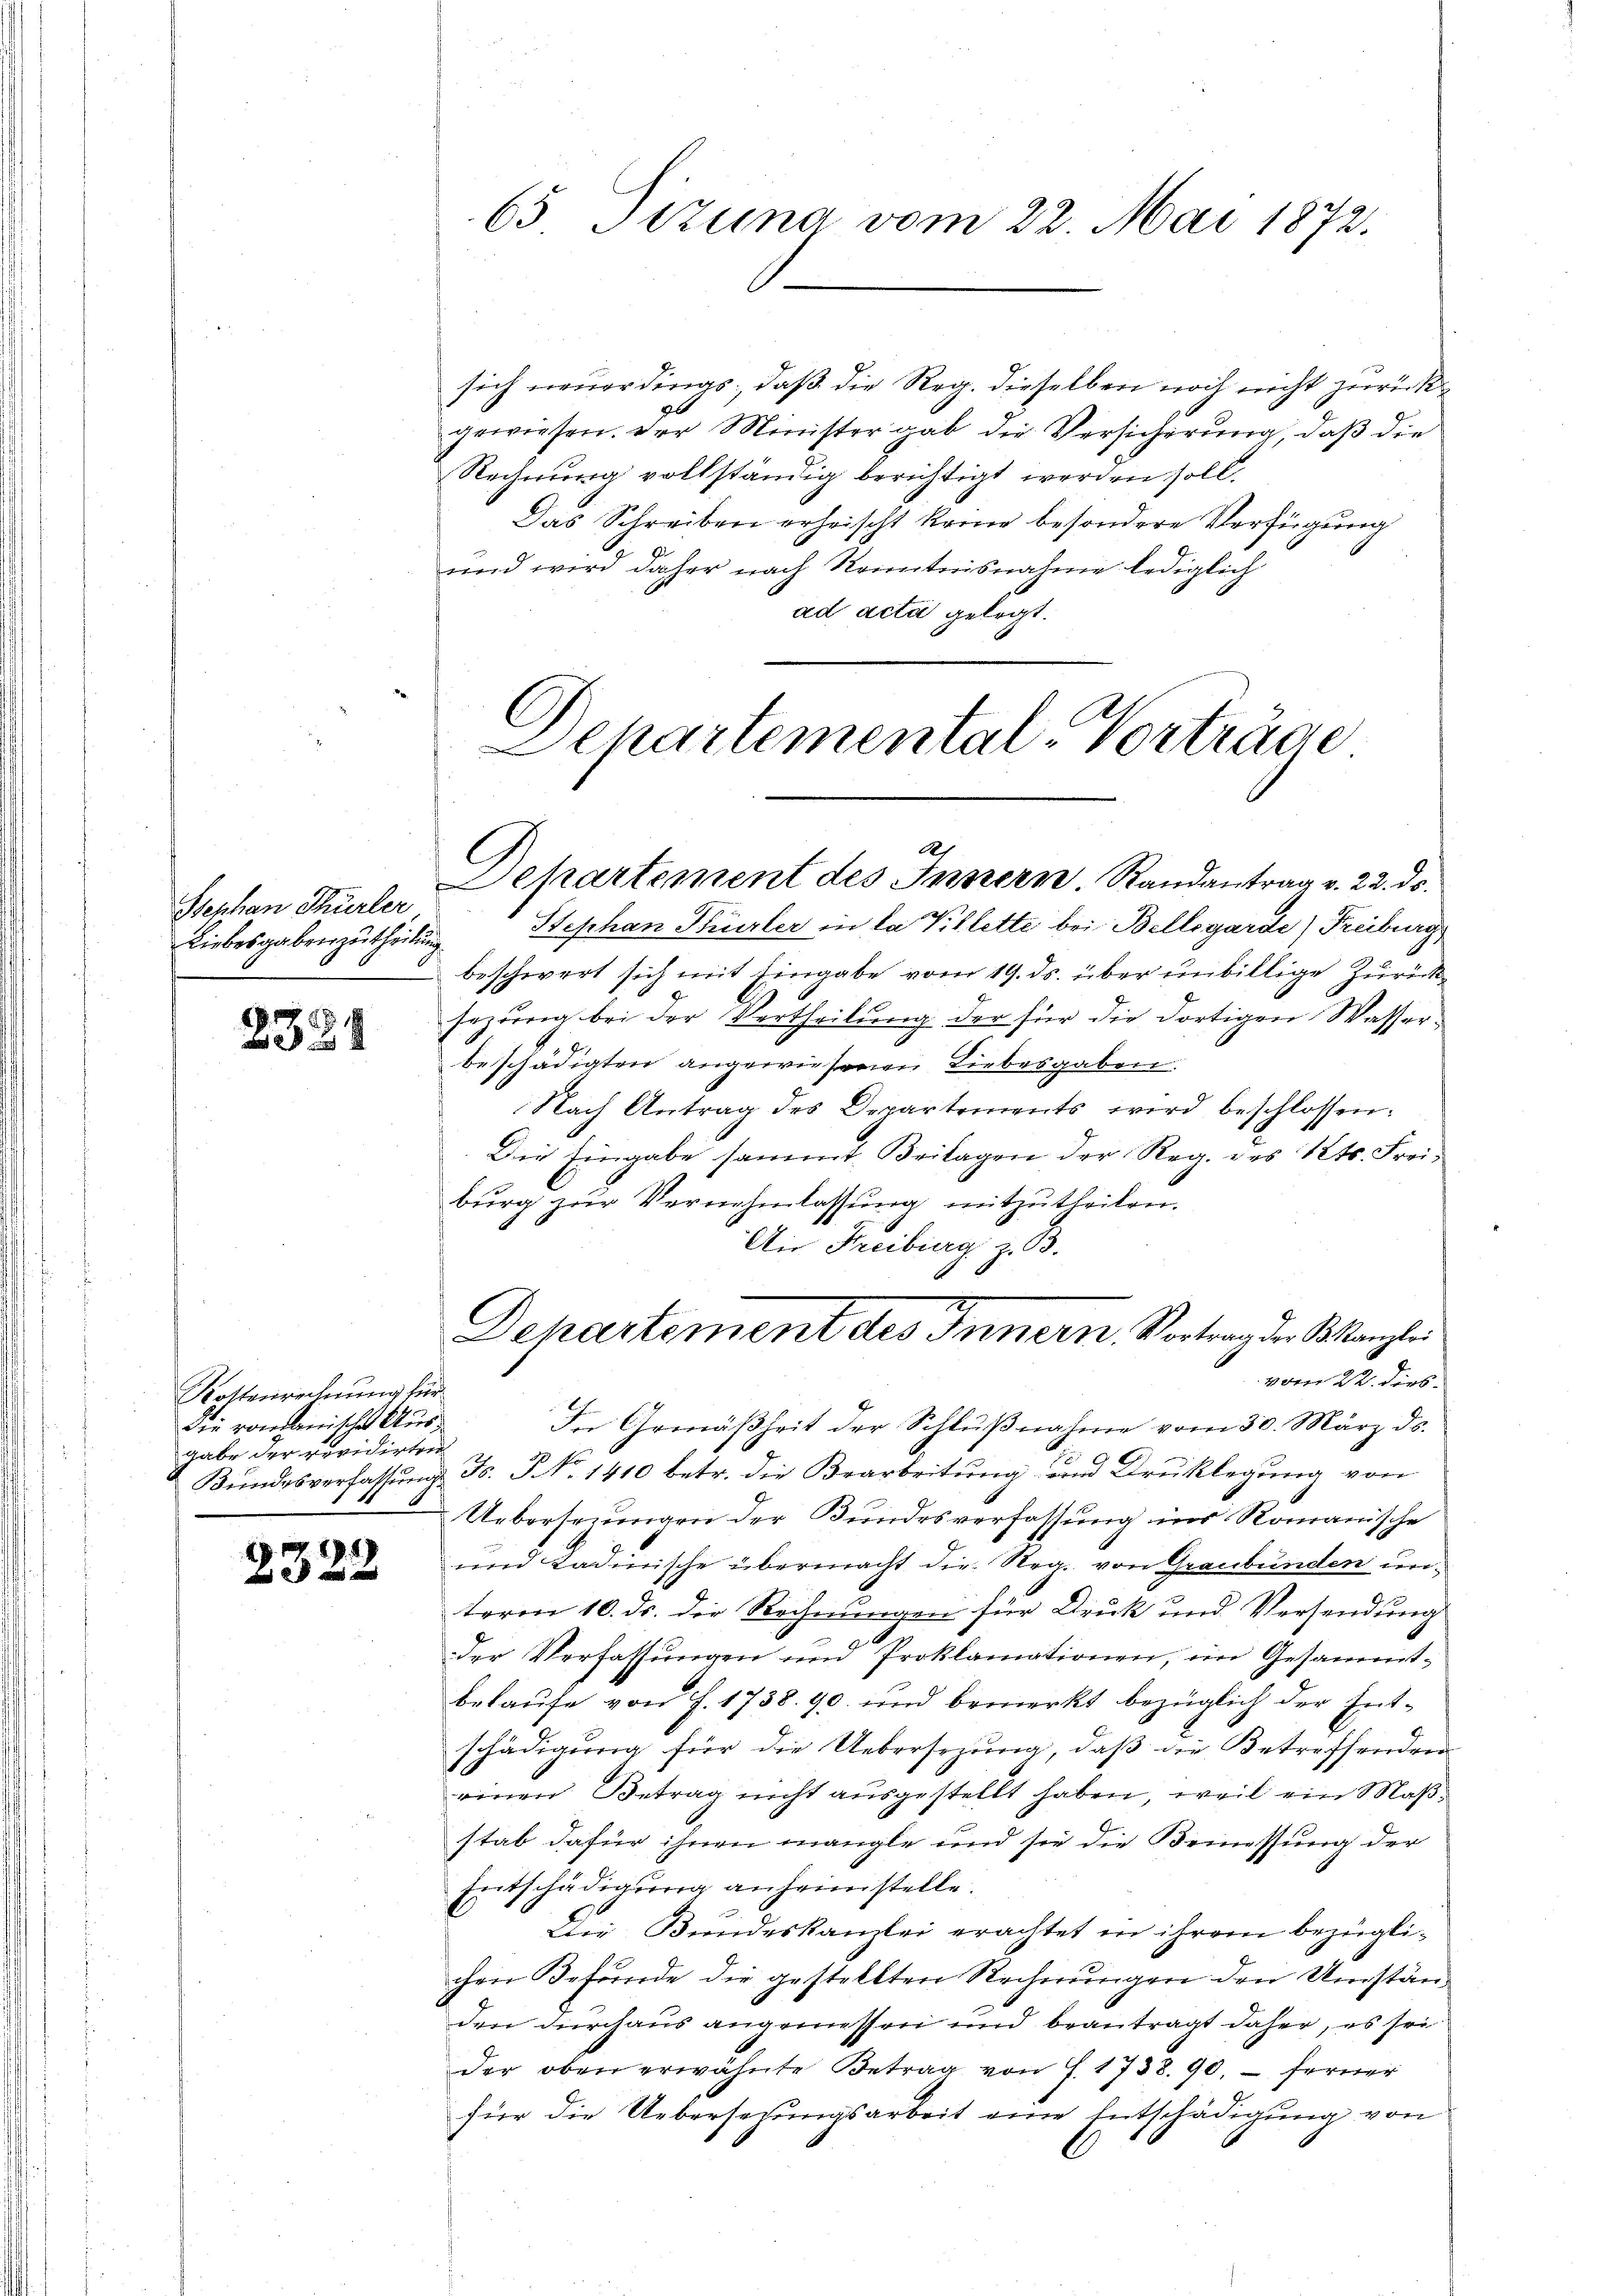
Stephan Thürler
Liebesgabenzutheilung

789

Kostenrechnung für
Die romanische Aus¬
Gabe der revidirten
Bundesverfassung.

1941

65 Stzung vom 22. Mai 1872.

sich neuerdings, daß die Reg. dieselben noch nicht zurück
gewiesen. Der Minister gab die Versicherung, daß die
Rechnung vollständig berichtigt werden soll.
Das Schreiben erheischt keine besondere Verfügung
und wird daher nach Kenntnisnahme lediglich
ad acta gelegt.

Schartemental-Vorträge
A
Departement des Innern, Randantrag v. 22. ds.

Stephan Stürler in la Villette bei Bellegarde) Freiburg
beschwert sich mit Eingabe vom 19. ds. über unbillige Zurücksazung bei der Vertheilung der für die dortigen Wasserbeschädigten angewiesenen Liebesgaben.
Nach Antrag des Departements wird beschlossen:
Die Eingabe sammt Beilagen der Reg. des Kts. Freiburg zur Vernehmlassung mitzutheilen.
An Freiburg z. B.
vom 22. ders.
In Gemäßheit der Schlŭβnahme vom 30. März ds.
F. P. No 1410 betr. die Bearbeitung und Druklegung von
Uebersezungen der Bundesverfassung ins Romanische
und Kadinische übermacht die Reg. von Graubünden un
term 10. ds. die Rechnungen für Druck und Versendung
der Verfassungen und Proklamationen, im Gesammt-
belaufe von J. 1758. 90 und bemerkt bezüglich der Entschädigung für die Uebersezung, daß die Betreffenden
einen Betrag nicht ausgestellt haben, weil ein Maßstab dafür ihnen mangle und sie die Bemessung der
Entschädigung anheimstelle.
Die Bundeskanzlei erachtet in ihrem bezüglichen Befunde die gestellten Rechnungen den Umständen durchaus angemessen und beantragt daher, es sei
der oben erwähnte Betrag von J. 1738. 90, – ferner
für die Uebersetzungsarbeit eine Entschädigung von

Dehartement des Innern Vortrag der Manzlei